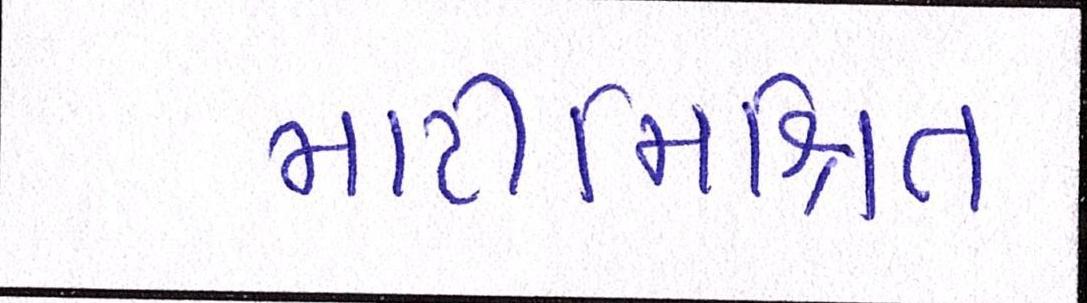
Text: માટીમિશ્રિત